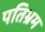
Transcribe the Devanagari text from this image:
पतिभ्रम